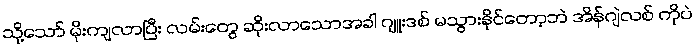
သို့သော် မိုးကျလာပြီး လမ်းတွေ ဆိုးလာသောအခါ ဂျူးဒစ် မသွားနိုင်တော့ဘဲ အိန်ဂျဲလစ် ကိုပဲ